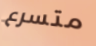
متسرع